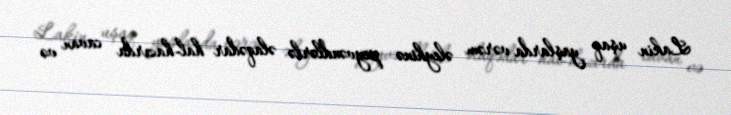
Lakin uşaq yaşlarda vərəm əleyhinə peyvəndlərlə əlaqədar hal-hazırda cavan və